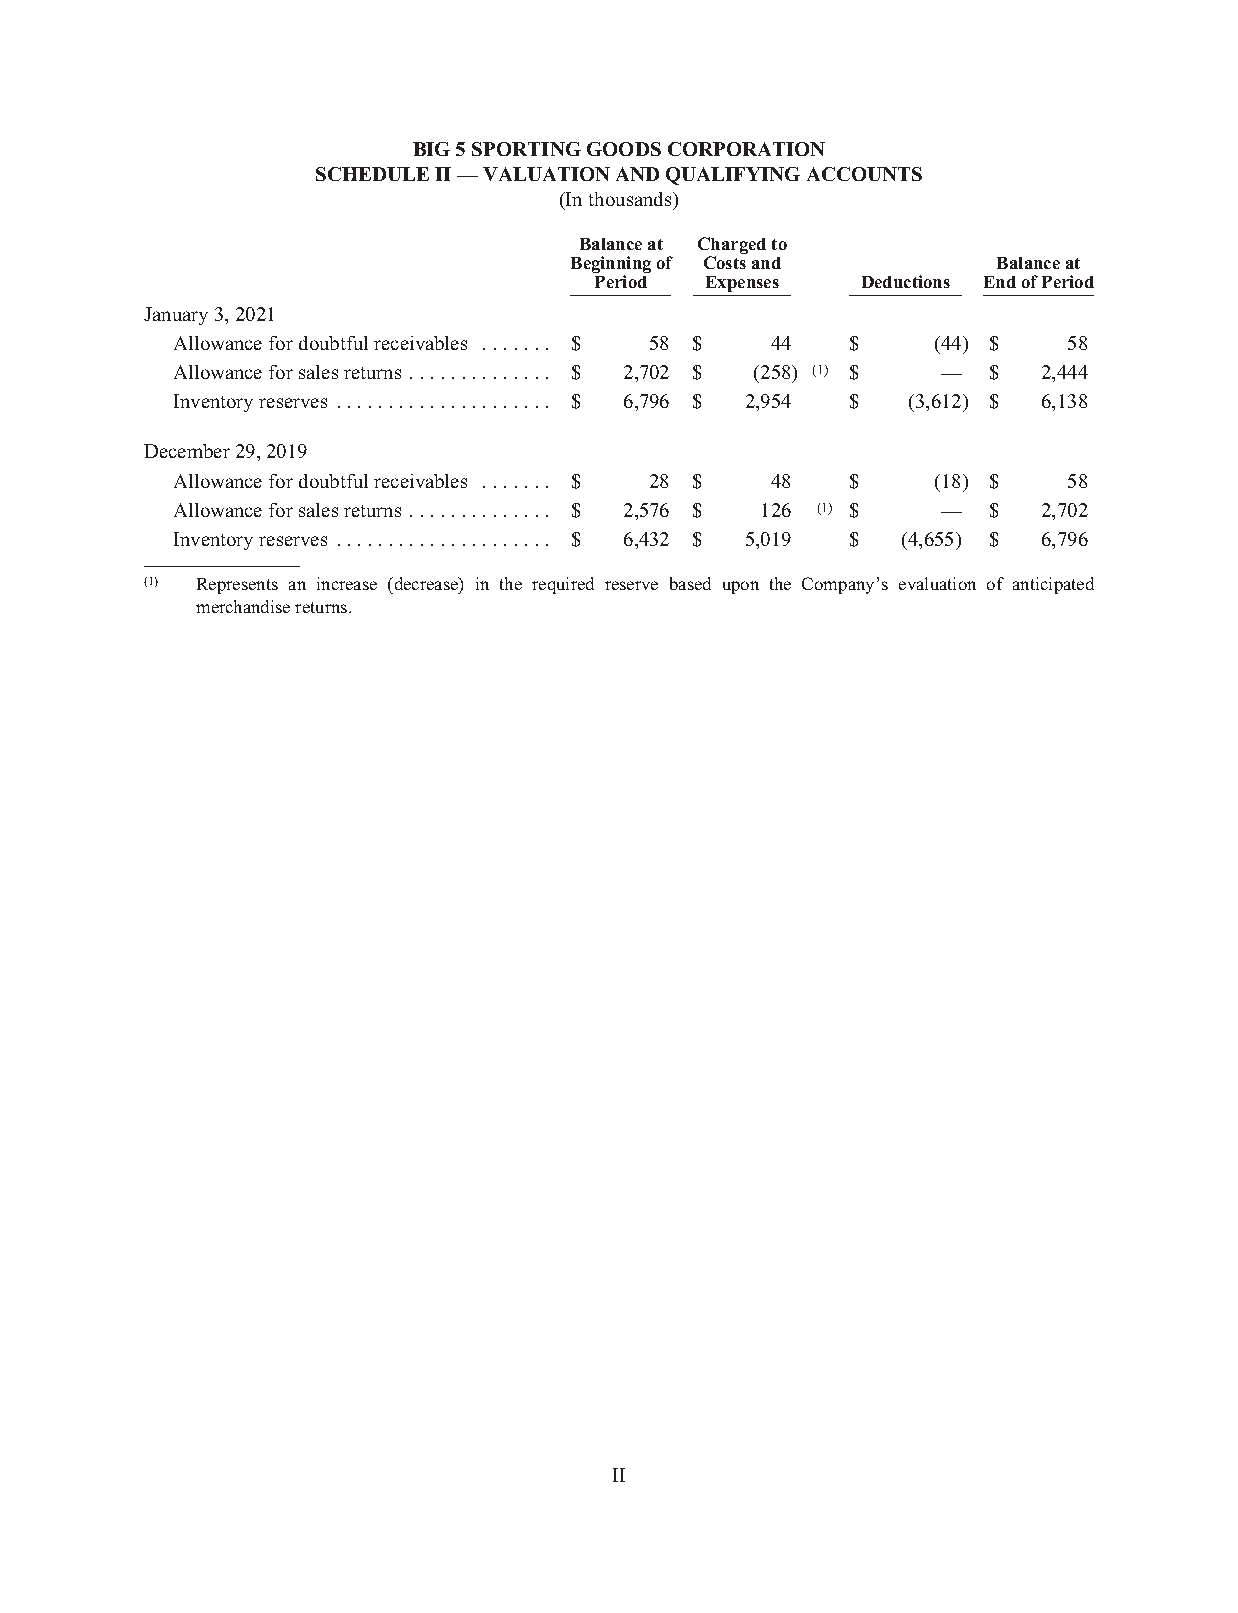
BIG5SPORTINGGOODSCORPORATION
 SCHEDULEII—VALUATIONANDQUALIFYINGACCOUNTS
 (Inthousands)
 Balanceat Chargedto
 Beginningof Costsand        Balanceat
 Period  Expenses  Deductions EndofPeriod
 January3,2021
 Allowancefordoubtfulreceivables ....... $ 58 $ 44 $ (44) $  58
 Allowanceforsalesreturns .............. $ 2,702 $ (258) (1) $ — $ 2,444
 Inventoryreserves ..................... $ 6,796 $ 2,954 $ (3,612) $ 6,138
 December29,2019
 Allowancefordoubtfulreceivables ....... $ 28 $ 48 $ (18) $  58
 Allowanceforsalesreturns .............. $ 2,576 $ 126 (1) $ — $ 2,702
 Inventoryreserves ..................... $ 6,432 $ 5,019 $ (4,655) $ 6,796
 (1) Represents an increase (decrease) in the required reserve based upon the Company’s evaluation of anticipated
 merchandisereturns.
 II